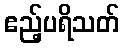
ဧည့်ပရိသတ်